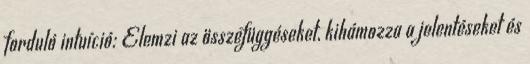
forduló intuíció: Elemzi az összefüggéseket, kihámozza a jelentéseket és